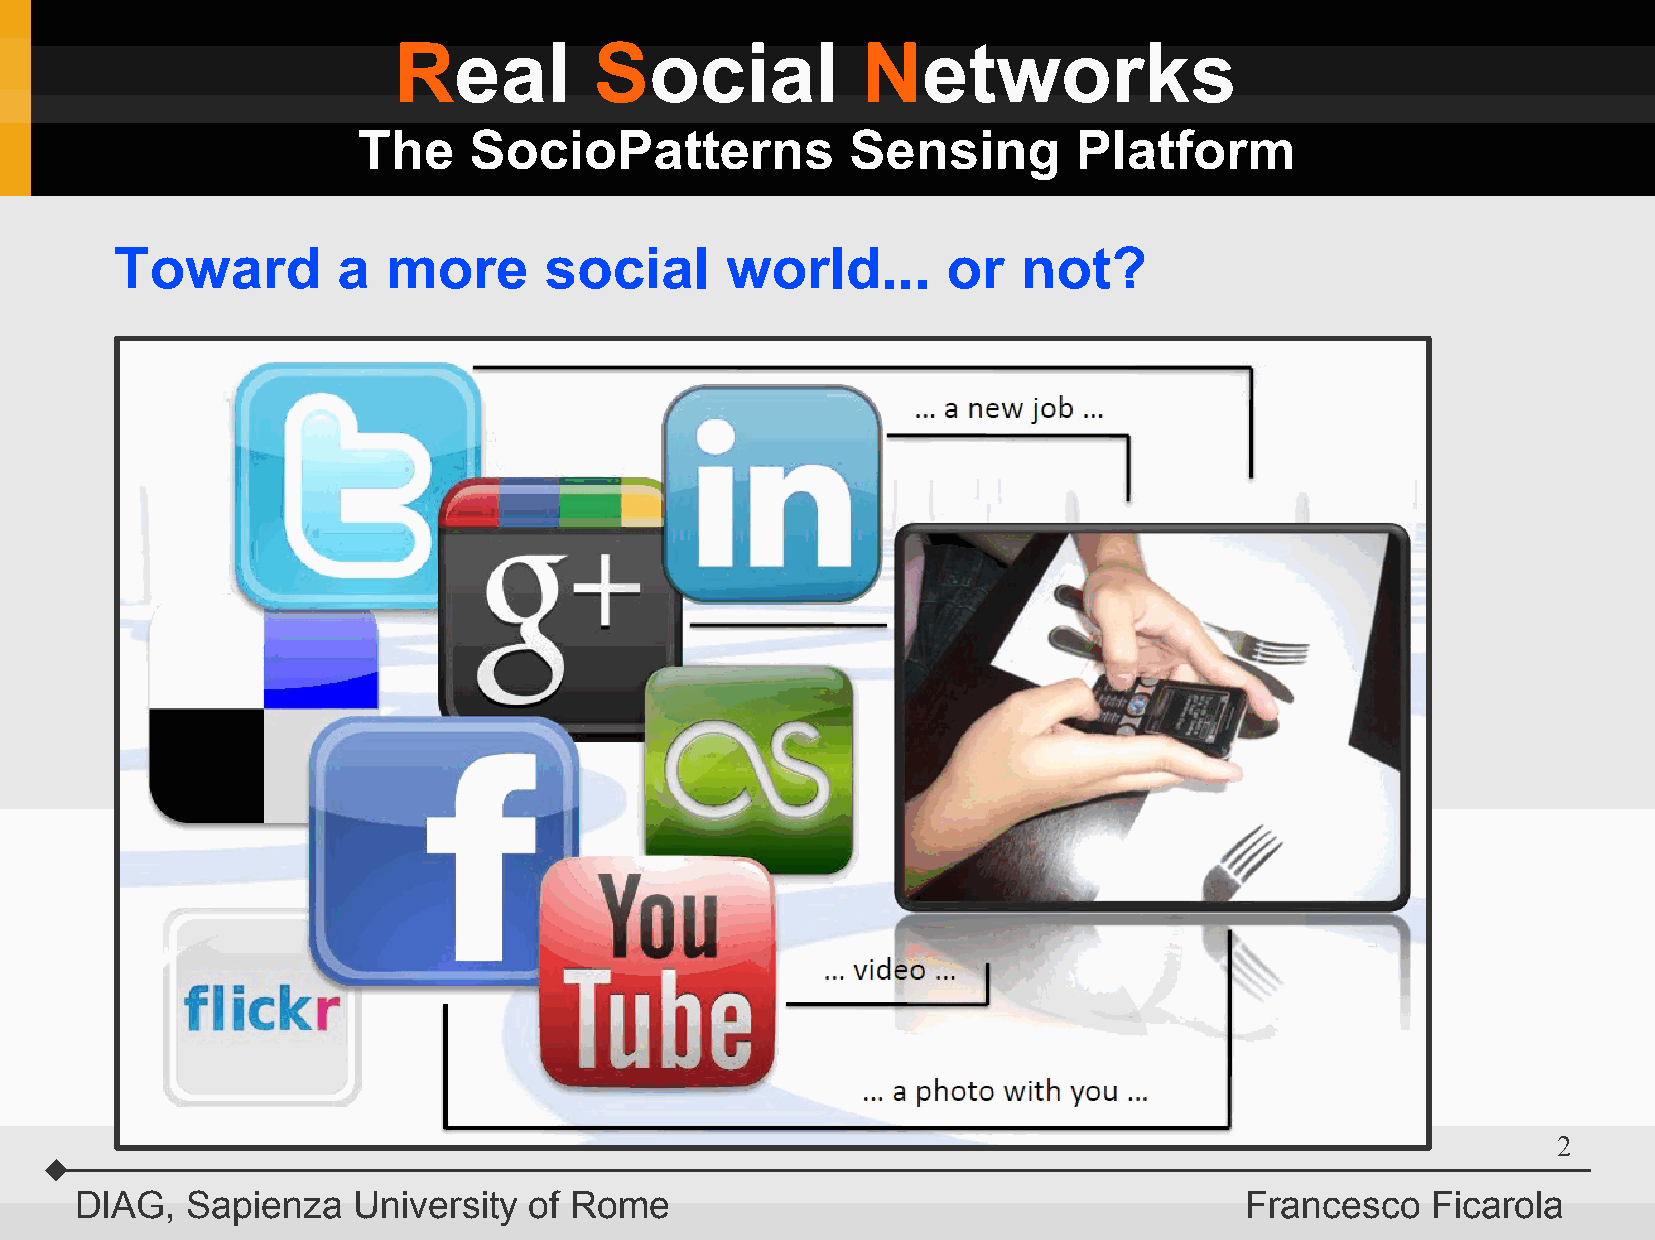
Real         Social            Networks
 The    SocioPatterns            Sensing        Platform
 Toward        a   more      social      world...       or   not?
 2
 DIAG,  Sapienza   University  of Rome                                        Francesco    Ficarola